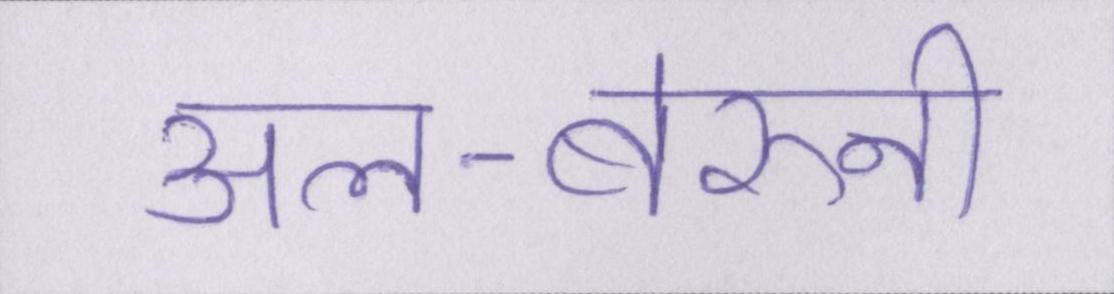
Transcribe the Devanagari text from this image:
अल-बेरुनी